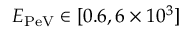
E _ { \mathrm { P e V } } \in [ 0 . 6 , 6 \times 1 0 ^ { 3 } ]